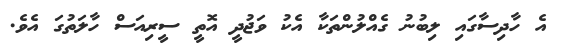
އެ ހާދިސާގައި ލިބުނު ގެއްލުންތަކާ އެކު ވަޖުދީ އޮތީ ސީރިއަސް ހާލަތުގަ އެވެ.